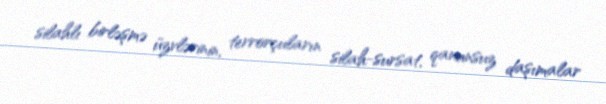
silahlı birləşmə üzvlərinin, terrorçuların silah-sursat, qanunsuz daşımalar